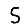
Digit: 5